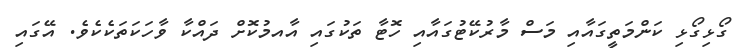
ގޯޅިގޯޅި ކަންމަތީގައާއި މަސް މާރުކޭޓުގައާއި ހޮޓާ ތަކުގައި އާއމުކޮށް ދައްކާ ވާހަކަތަކެކެވެ. އޭގައި